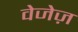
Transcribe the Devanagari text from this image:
वेजेज़